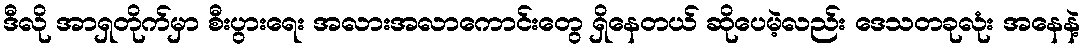
ဒီလို အာရှတိုက်မှာ စီးပွားရေး အလားအလာကောင်းတွေ ရှိနေတယ် ဆိုပေမဲ့လည်း ဒေသတခုလုံး အနေနဲ့